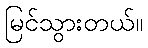
မြင်သွားတယ်။